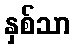
နှစ်သာ